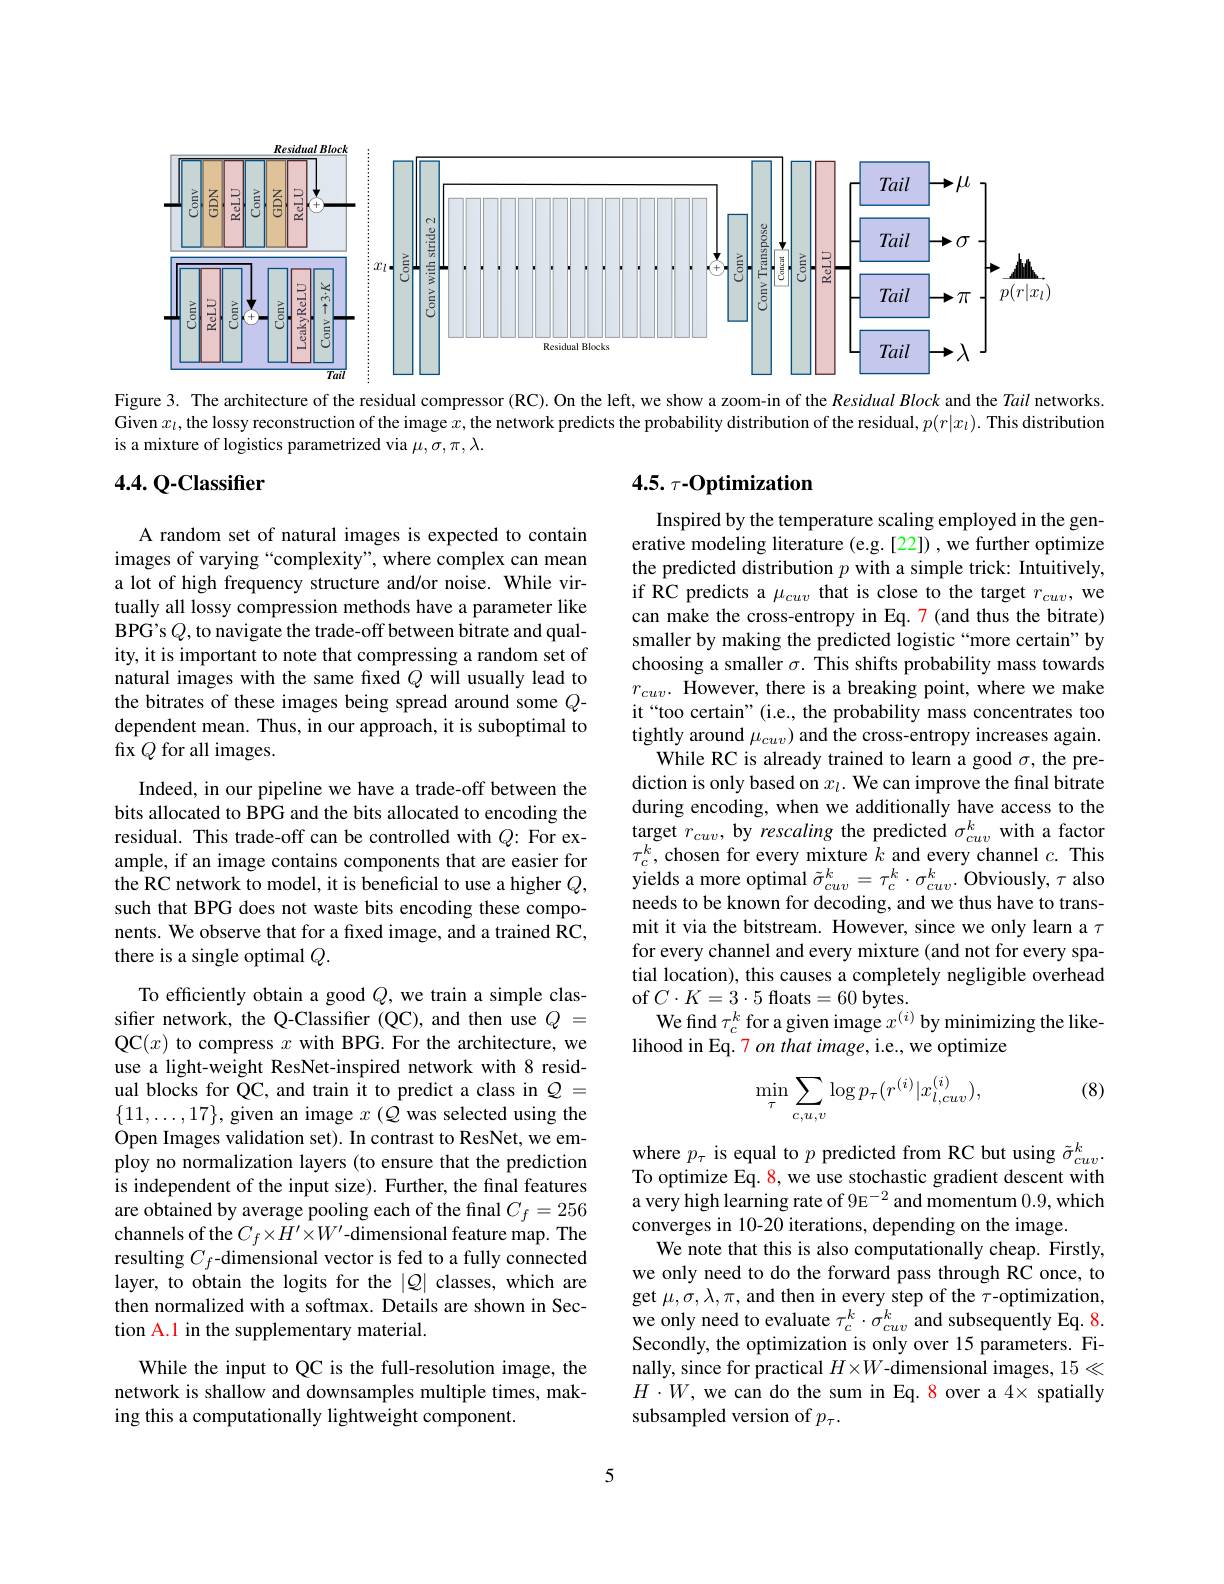
<FigureHere>

Figure 3. The architecture of the residual compressor (RC). On the left, we show a zoom-in of the $Residual\textit{Block and the Tail networks. }$ Given $x_l$,the lossy reconstruction of the image $x$, the network predicts the probability distribution of the residual, $p(r|x_l).$ This distribution is a mixture of logistics parametrized via $\mu,\sigma,\pi,\lambda.$

## $4. 4. \textbf{Q- Classifier}$

## 4.5. $\tau - Optimization$

A random set of natural images is expected to contain images of varying “complexity”, where complex can mean a lot of high frequency structure and/or noise. While virtually all lossy compression methods have a parameter like BPG's $Q$, to navigate the trade-off between bitrate and quality, it is important to note that compressing a random set of natural images with the same fixed $Q$ will usually lead to the bitrates of these images being spread around some $Q$- dependent mean. Thus, in our approach, it is suboptimal to fix $Q$ for all images.

Inspired by the temperature scaling employed in the generative modeling literature (e.g.[22]) , we further optimize the predicted distribution $p$ with a simple trick: Intuitively, if RC predicts a $\mu_cuv$ that is close to the target $r_cuv$, we can make the cross-entropy in Eq. 7(and thus the bitrate) smaller by making the predicted logistic “more certain”by choosing a smaller $\sigma.$ This shifts probability mass towards $r_{cuv}.$ However, there is a breaking point, where we make it“too certain”(i.e., the probability mass concentrates too tightly around $\mu_cuv)$ and the cross-entropy increases again.
While RC is already trained to learn a good $\sigma$, the prediction is only based on $x_l.$ We can improve the final bitrate during encoding, when we additionally have access to the target $r_cuv$, by rescaling the predicted $\sigma_cuv^k$ with a factor $\tau_{c}^{k}$, chosen for every mixture $k$ and every channel $c.$ This yields a more optimal $\tilde{\sigma}_{cuv}^k=\tau_{c}^k\cdot\sigma_{cuv}^k.$ Obviously, $\tau$ also needs to be known for decoding, and we thus have to transmit it via the bitstream. However, since we only learn a $\tau$ for every channel and every mixture (and not for every spatial location), this causes a completely negligible overhead of$C\cdot K=3\cdot5$floats=60bytes.
We find $\tau_c^k$ for a given image $x^(i)$ by minimizing the like-
lihood in Eq. 7 on that image, i.e., we optimize

Indeed, in our pipeline we have a trade-off between the bits allocated to BPG and the bits allocated to encoding the residual. This trade-off can be controlled with $Q:$ For example, if an image contains components that are easier for the RC network to model, it is beneficial to use a higher $Q$, such that BPG does not waste bits encoding these components. We observe that for a fixed image, and a trained RC, there is a single optimal $Q.$

(8)
$$\min_{\tau}\sum_{c,u,v}\log p_{\tau}(r^{(i)}|x_{l,cuv}^{(i)}),$$
To efficiently obtain a good $Q$, we train a simple classifer network, the Q-Classifier (QC), and then use $Q=$ QC$(x)$ to compress $x$ with BPG. For the architecture, we use a light-weight ResNet-inspired network with 8 residual blocks for QC, and train it to predict a class in $\mathcal{Q}=$ $\{11,\ldots,17\}$, given an image $x$ (Q was selected using the Open Images validation set). In contrast to ResNet, we employ no normalization layers (to ensure that the prediction is independent of the input size). Further, the final features are obtained by average pooling each of the final $C_f=256$ channels of the $C_f\times H^{\prime}\times W^{\prime}$-dimensional feature map. The resulting $C_f$-dimensional vector is fed to a fully connected layer, to obtain the logits for the $|Q|$ classes, which are then normalized with a softmax. Details are shown in Section A.1 in the supplementary material.

where $p_\tau$ is equal to $p$ predicted from RC but using $\tilde{\sigma}_{cuv}^k.$ To optimize Eq. 8, we use stochastic gradient descent with $\hat{\text{a very high learning rate of 9E}^{-2}}$ and momentum 0.9,which converges in 10-20 iterations, depending on the image.
We note that this is also computationally cheap. Firstly, we only need to do the forward pass through RC once, to get $\mu,\sigma,\lambda,\pi$, and then in every step of the $\tau$-optimization, we only need to evaluate $\tau_c^k\cdot\sigma_{cuv}^k$ and subsequently Eq. 8. Secondly, the optimization is only over 15 parameters. Finally, since for practical $H\times W$-dimensional images, $15\ll$ $H\cdot W$, we can do the sum in Eq. 8 over a 4× spatially subsampled version of $p_\tau.$

While the input to QC is the full-resolution image, the network is shallow and downsamples multiple times, making this a computationally lightweight component.

5